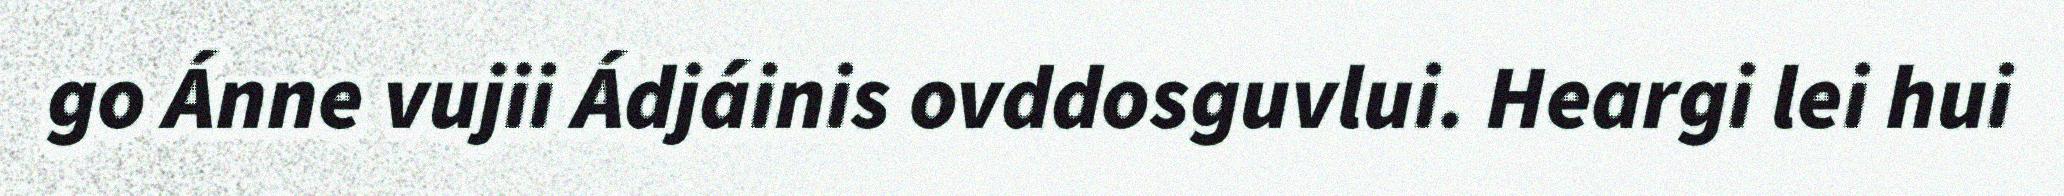
go Ánne vujii Ádjáinis ovddosguvlui. Heargi lei hui